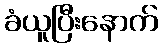
ခံယူပြီးနောက်